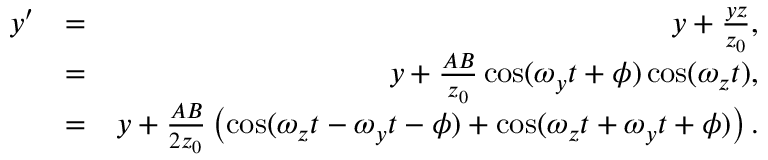
\begin{array} { r l r } { y ^ { \prime } } & { = } & { y + \frac { y z } { z _ { 0 } } , } \\ & { = } & { y + \frac { A B } { z _ { 0 } } \cos ( \omega _ { y } t + \phi ) \cos ( \omega _ { z } t ) , } \\ & { = } & { y + \frac { A B } { 2 z _ { 0 } } \left( \cos ( \omega _ { z } t - \omega _ { y } t - \phi ) + \cos ( \omega _ { z } t + \omega _ { y } t + \phi ) \right) . } \end{array}